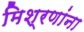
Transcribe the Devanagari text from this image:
मिश्रणांना